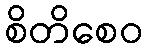
စိတိစေဝ